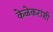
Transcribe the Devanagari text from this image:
केळेकरांशी